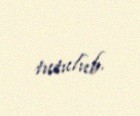
tutulub.